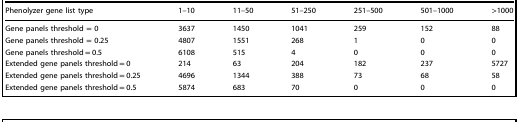
<table><thead><tr><td><b>Phenolyzer gene list type</b></td><td><b>1–10</b></td><td><b>11–50</b></td><td><b>51–250</b></td><td><b>251–500</b></td><td><b>501–1000</b></td><td><b>&gt;1000</b></td></tr></thead><tbody><tr><td>Gene panels threshold = 0</td><td>3637</td><td>1450</td><td>1041</td><td>259</td><td>152</td><td>88</td></tr><tr><td>Gene panels threshold = 0.25</td><td>4807</td><td>1551</td><td>268</td><td>1</td><td>0</td><td>0</td></tr><tr><td>Gene panels threshold = 0.5</td><td>6108</td><td>515</td><td>4</td><td>0</td><td>0</td><td>0</td></tr><tr><td>Extended gene panels threshold = 0</td><td>214</td><td>63</td><td>204</td><td>182</td><td>237</td><td>5727</td></tr><tr><td>Extended gene panels threshold = 0.25</td><td>4696</td><td>1344</td><td>388</td><td>73</td><td>68</td><td>58</td></tr><tr><td>Extended gene panels threshold = 0.5</td><td>5874</td><td>683</td><td>70</td><td>0</td><td>0</td><td>0</td></tr></tbody></table>